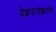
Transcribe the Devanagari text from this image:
देशपरदेशातले